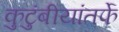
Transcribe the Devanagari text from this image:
कुटुंबीयांतर्फे